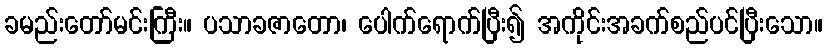
ခမည်းတော်မင်းကြီး။ ပသာခဇာတော၊ ပေါက်ရောက်ပြီး၍ အကိုင်းအခက်စည်ပင်ပြီးသော။